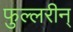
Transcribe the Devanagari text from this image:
फुल्लरीन्